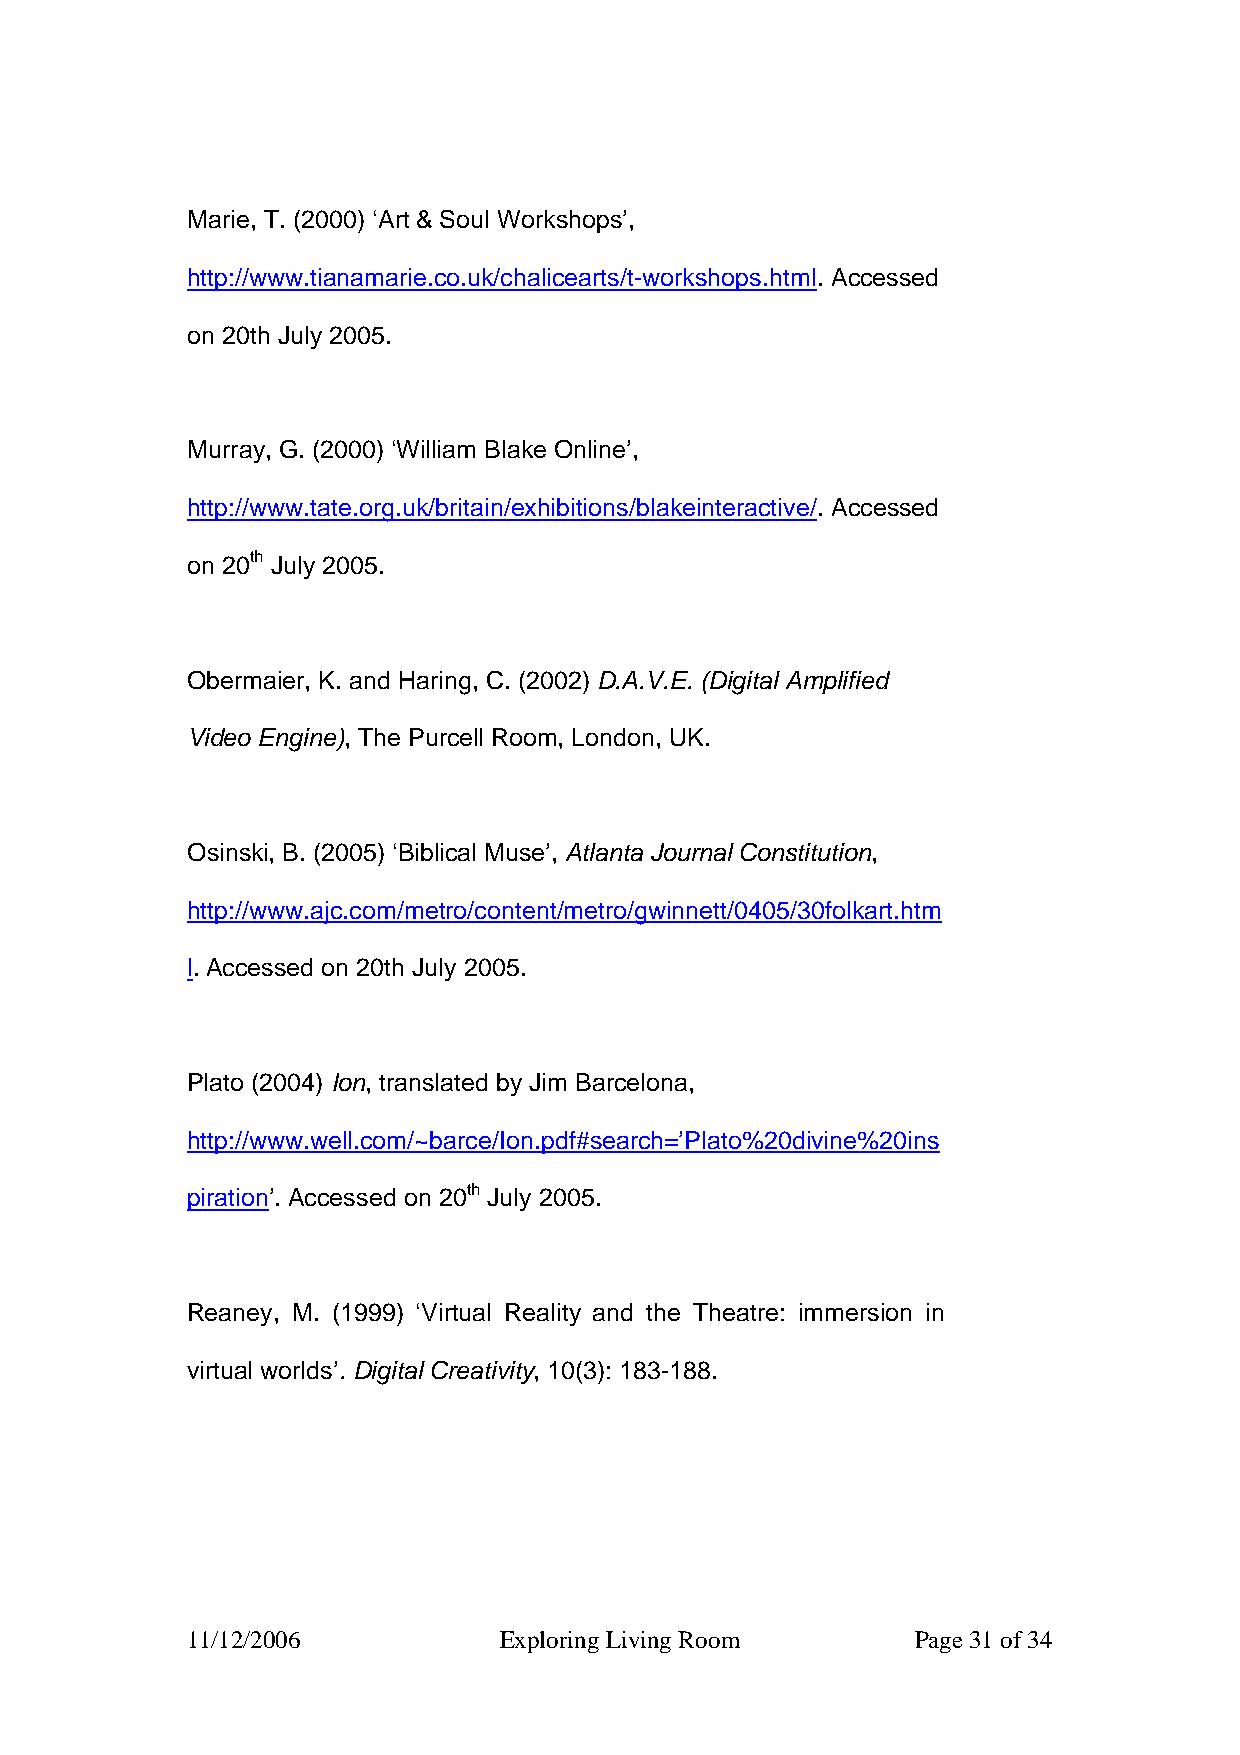
Marie, T. (2000) ‘Art & Soul Workshops’,
 http://www.tianamarie.co.uk/chalicearts/t-workshops.html. Accessed
 on 20th July 2005.
 Murray, G. (2000) ‘William Blake Online’,
 http://www.tate.org.uk/britain/exhibitions/blakeinteractive/. Accessed
 on 20th July 2005.
 Obermaier, K. and Haring, C. (2002) D.A.V.E. (Digital Amplified
 Video Engine), The Purcell Room, London, UK.
 Osinski, B. (2005) ‘Biblical Muse’, Atlanta Journal Constitution,
 http://www.ajc.com/metro/content/metro/gwinnett/0405/30folkart.htm
 l. Accessed on 20th July 2005.
 Plato (2004) Ion, translated by Jim Barcelona,
 http://www.well.com/~barce/Ion.pdf#search=’Plato%20divine%20ins
 piration’. Accessed on 20th July 2005.
 Reaney, M. (1999) ‘Virtual Reality and the Theatre: immersion in
 virtual worlds’. Digital Creativity, 10(3): 183-188.
 11/12/2006           Exploring Living Room       Page 31 of 34